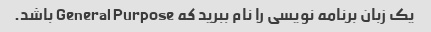
یک زبان برنامه نویسی را نام ببرید که General Purpose باشد.